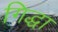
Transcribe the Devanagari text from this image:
गिद्धा